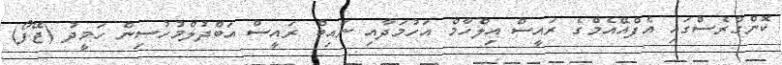
ކޮންގްރެސްގައި އެފްއޭއެމްގެ ރައީސް އިލްހާމް އަހުމަދާއި ނައިބް ރައީސް އަބްދުލްމުހުސިން ހަމީދު (ޖޭފޯ)